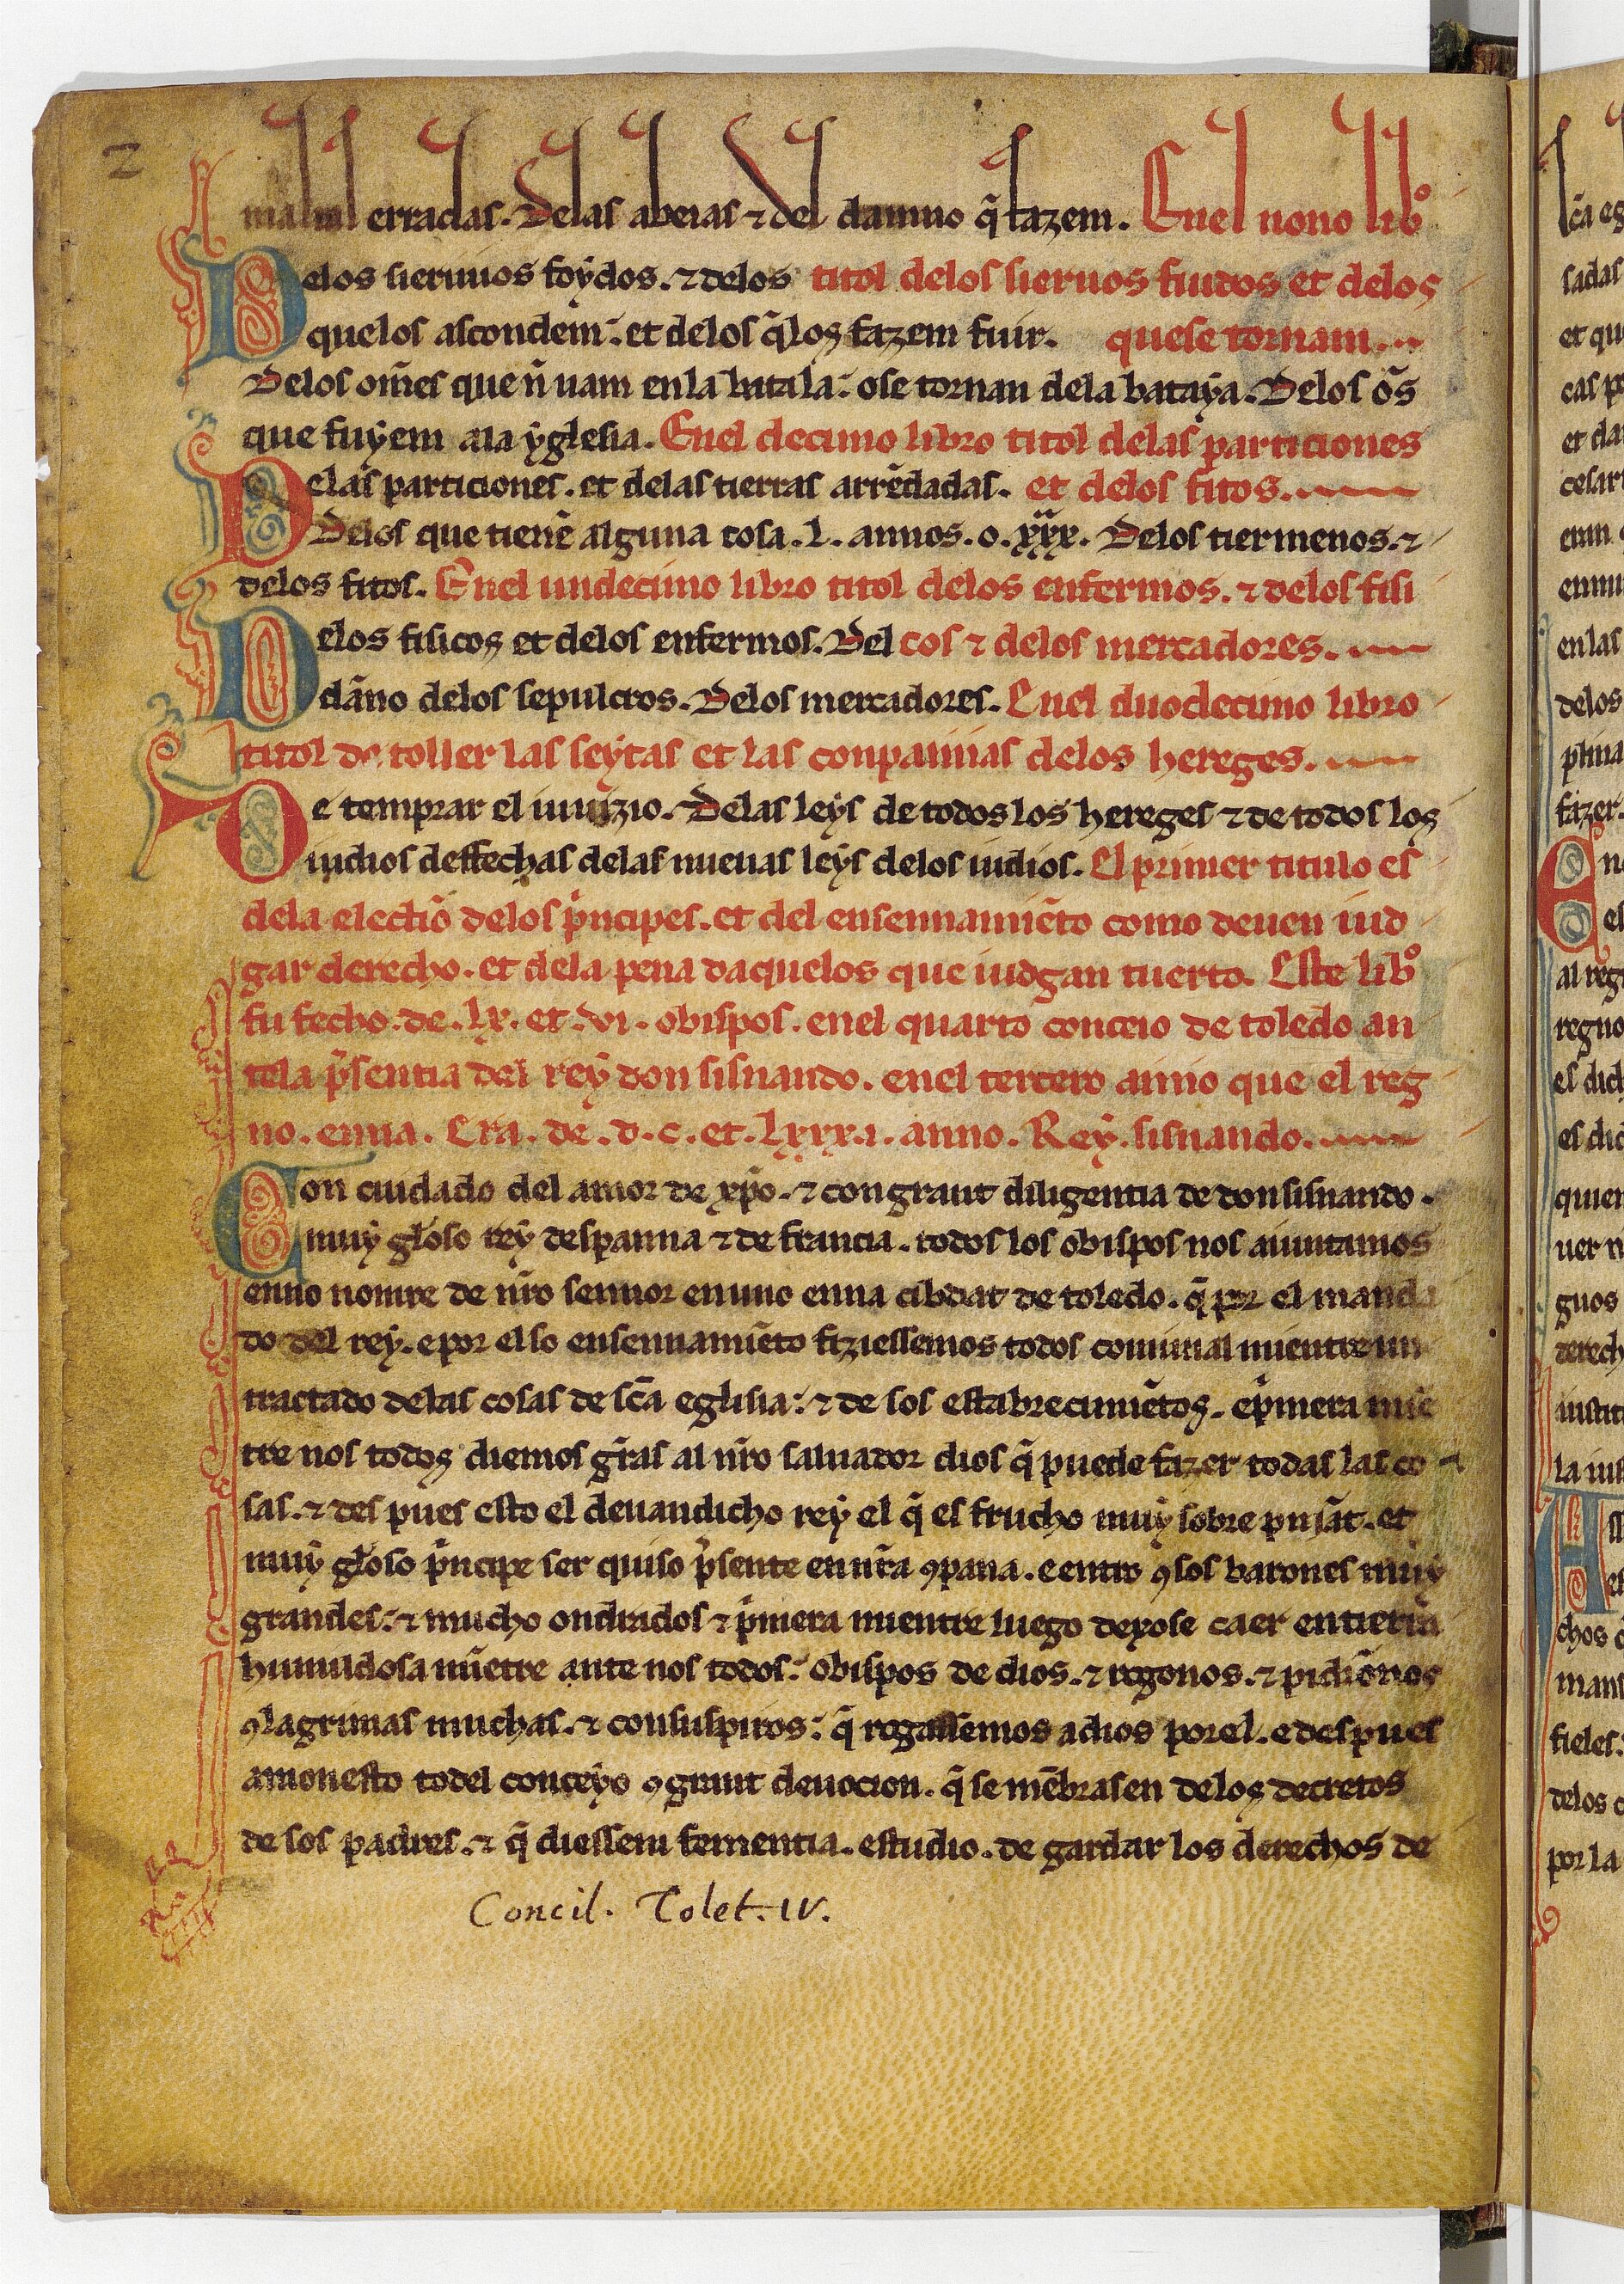
Shelfmark: Paris, BnF, esp. 256
Century: 13